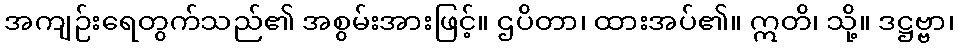
အကျဉ်းရေတွက်သည်၏ အစွမ်းအားဖြင့်။ ဌပိတာ၊ ထားအပ်၏။ ဣတိ၊ သို့။ ဒဋ္ဌဗ္ဗာ၊